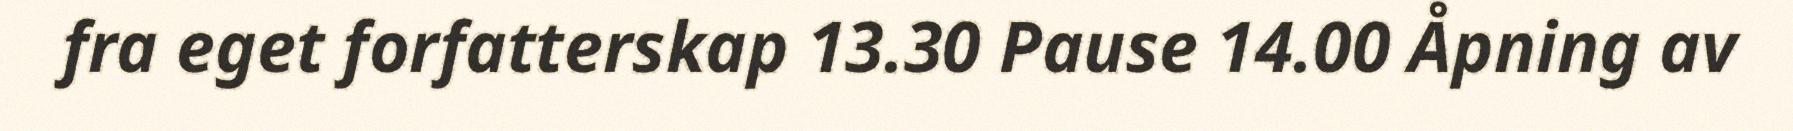
fra eget forfatterskap 13.30 Pause 14.00 Åpning av